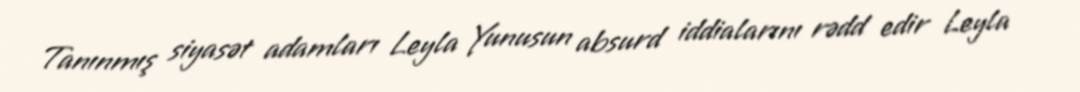
Tanınmış siyasət adamları Leyla Yunusun absurd iddialarını rədd edir Leyla